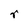
Character: r